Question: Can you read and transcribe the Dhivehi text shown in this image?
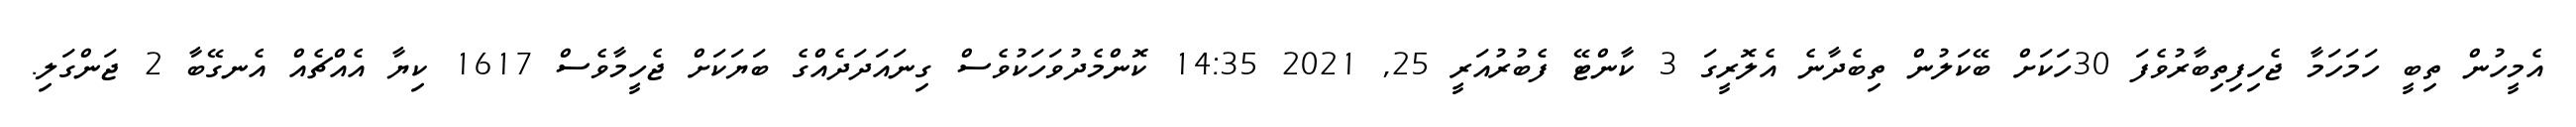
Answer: އެމީހުން ތިބީ ހަމަހަމާ ޖެހިފިތިބާރުވެފަ 30ހަކަށް ބޭކަލުން ތިބެދާނެ އެލޮރީގަ 3 ކާންޓޭ ފެބުރުއަރީ 25, 2021 14:35 ކޮންމެދުވަހަކުވެސް ގިނައަދަދެއްގެ ބަޔަކަށް ޖެހީމާވެސް 1617 ކިޔާ އެއްޗެއް އެނގޭބާ 2 ޖަންގަލި.